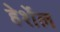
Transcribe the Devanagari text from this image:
हेर्शेल